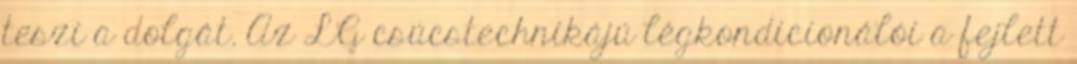
teszi a dolgát. Az LG csúcstechnikájú légkondicionálói a fejlett